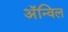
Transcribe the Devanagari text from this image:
अॅन्विल